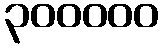
၃၀၀၀၀၀